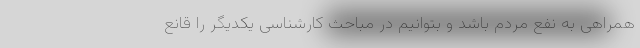
همراهی به نفع مردم باشد و بتوانیم در مباحث کارشناسی یکدیگر را قانع